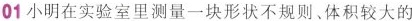
01小明在实验室里测量一块形状不规则、体积较大的